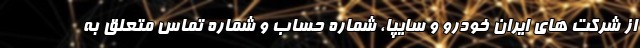
از شرکت های ایران خودرو و سایپا، شماره حساب و شماره تماس متعلق به